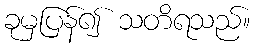
ခုမှပြန်၍ သတိရသည်။